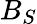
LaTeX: B_{S}